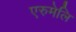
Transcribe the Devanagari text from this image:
एरुमेलि